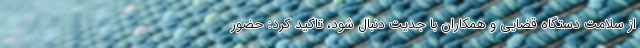
از سلامت دستگاه قضایی و همکاران با جدیت دنبال شود، تاکید کرد: حضور